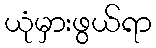
ယုံမှားဖွယ်ရာ